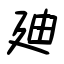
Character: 廸